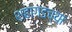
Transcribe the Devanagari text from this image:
शहागडच्या